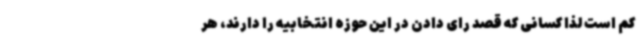
کم است لذا کسانی که قصد رای دادن در این حوزه انتخابیه را دارند، هر